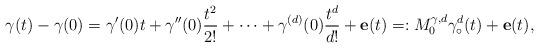
LaTeX: \begin{align*} \gamma(t) - \gamma(0) = \gamma'(0)t + \gamma''(0)\frac{t^{2}}{2!} + \cdots + \gamma^{(d)}(0)\frac{t^{d}}{d!} + \mathbf e(t) =: M^{\gamma,d}_{0}\gamma_{\circ}^d(t) + \mathbf e(t), \end{align*}